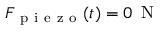
F _ { \mathrm { ~ p ~ i ~ e ~ z ~ o ~ } } ( t ) = 0 \, \mathrm { ~ N ~ }